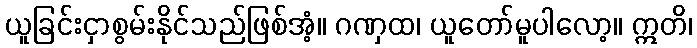
ယူခြင်းငှာစွမ်းနိုင်သည်ဖြစ်အံ့။ ဂဏှထ၊ ယူတော်မူပါလော့။ ဣတိ၊